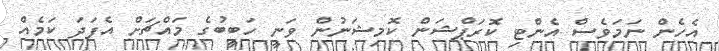
އެހެން ނަމަވެސް އެންޓި ކޮރަޕްޝަން ކޮމިޝަނުން ވަނީ ހަބީބުގެ މައްޗަށް އެފަދަ ކަމެއް